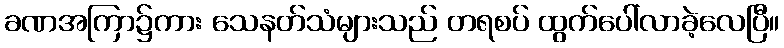
ခဏအကြာ၌ကား သေနတ်သံများသည် တရစပ် ထွက်ပေါ်လာခဲ့လေပြီ။